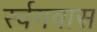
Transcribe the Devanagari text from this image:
र्स्वगवास